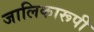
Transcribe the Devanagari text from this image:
जालिकारूपी